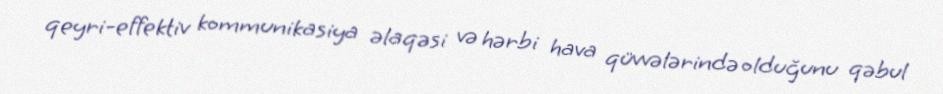
qeyri-effektiv kommunikasiya əlaqəsi və hərbi hava qüvvələrində olduğunu qəbul